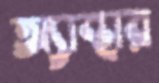
অ্যান্থার